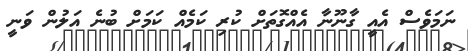
ނަމަވެސް އެއީ ގާނޫނާ އެއްގޮތަށް ކުރި ކަމެއް ކަމަށް ބުނެ އަލުން ވަނީ